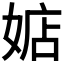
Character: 𪦃